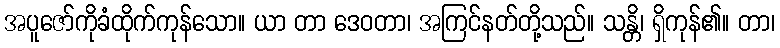
အပူဇော်ကိုခံထိုက်ကုန်သော။ ယာ တာ ဒေဝတာ၊ အကြင်နတ်တို့သည်။ သန္တိ၊ ရှိကုန်၏။ တာ၊